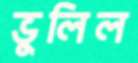
ভুলিল